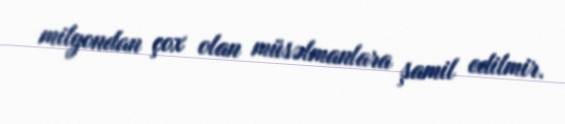
milyondan çox olan müsəlmanlara şamil edilmir.